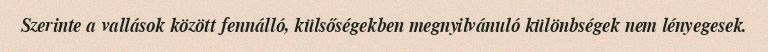
Szerinte a vallások között fennálló, külsőségekben megnyilvánuló különbségek nem lényegesek.